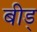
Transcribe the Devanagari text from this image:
बीड्